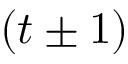
( t \pm 1 )